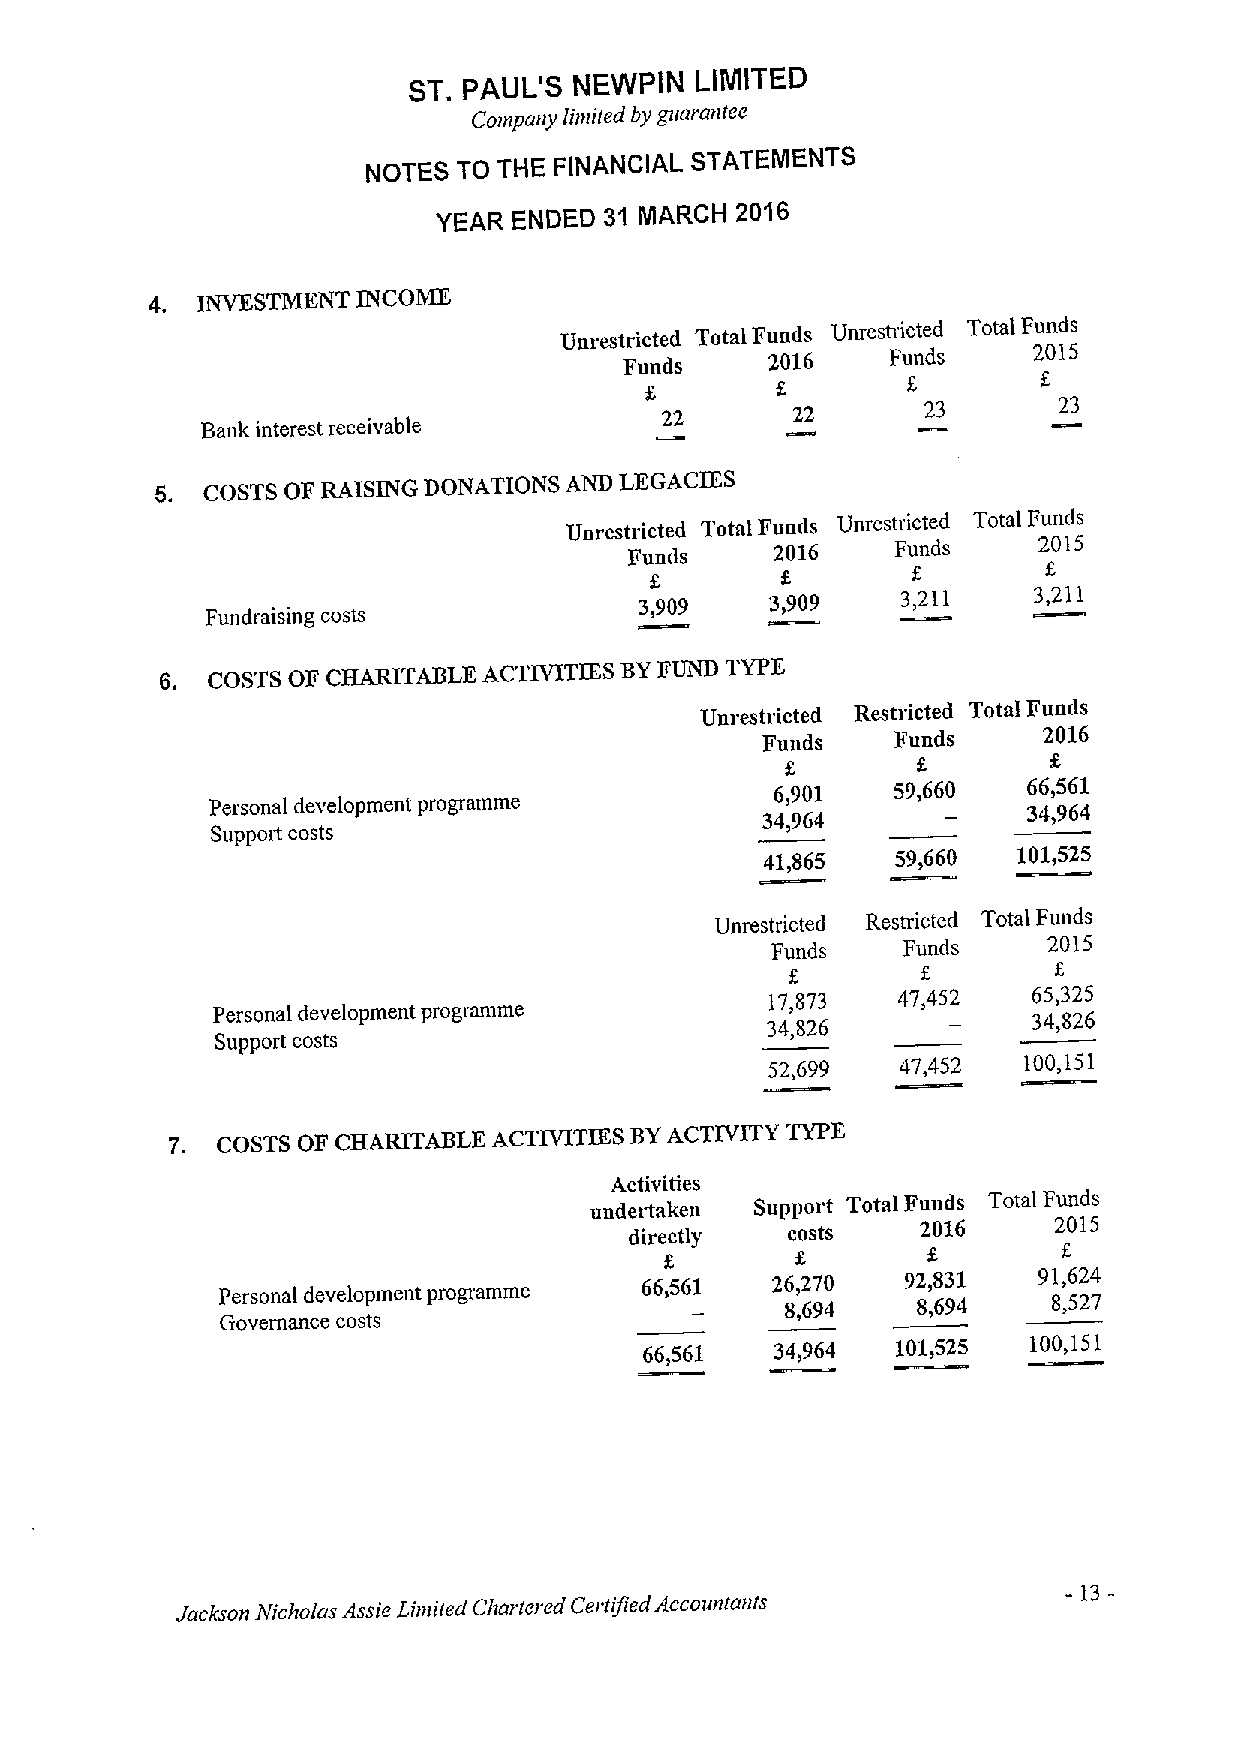
ST. PALIL'S NEWPIN LIMITED
 Company limited by gttarantee
 STATEMENTS
 NOTES TO THE FINANCIAL
 2016
 YEAR ENDED 31 MARCH
 4. INVESTMENT INCOME
 Unrestricted Total Funds Unrestricted Total Funds
 2015
 Funds     2016    Funds
 6
 22      22       23       23
 Bank interest receivable
 5. COSTS OF RAISING DONATIONS AND LEGACIES
 Unrestricted Total Funds Unrestricted Total Funds
 2015
 Funds    2016    Funds
 6
 3,909    3,909    3,211   3,211
 Fundraising costs
 6. COSTS OF CHARITABLE ACTIVITIES BYFUND TYPE
 Unrestricted Restricted Total Funds
 Funds    Funds     2016
 6,901   59,660   66,561
 Personal development programme                        34,964
 34,964
 Suppott costs
 41,865  59,660  101,525
 Unrestricted Restricted Total Funds
 Funds    Funds    2015
 E
 17,873  47,452   65,325
 Personal development programme                        34,826
 34,826
 Support costs
 52,699   47,452  100,151
 7. COSTS OF CHARITABLE ACTIVITIES BYACTIVITY TYPE
 Activities
 undertaken Support Total Funds Total Funds
 directly  costs    2016     2015
 66,561   26,270   92,831   91,624
 Personal development programme        8,694    8,694    8,527
 Governance costs
 66,561  34,964  101,525  100,151
 -
 13
 Jackson Nicholas Assie Limited Chartered Certified Accountants